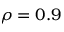
\rho = 0 . 9